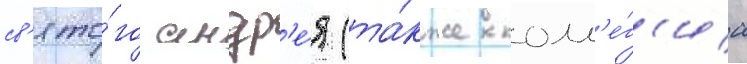
св'ято́го андр'е́я (та́кже колл'е́г'иа